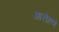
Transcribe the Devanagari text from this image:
आरोहणे